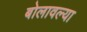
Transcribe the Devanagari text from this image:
बोलावल्या